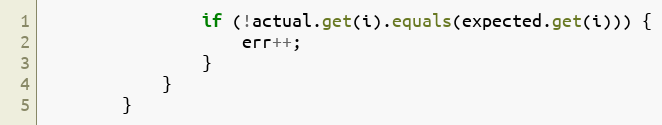
Language: Java
                if (!actual.get(i).equals(expected.get(i))) {
                    err++;
                }
            }
        }